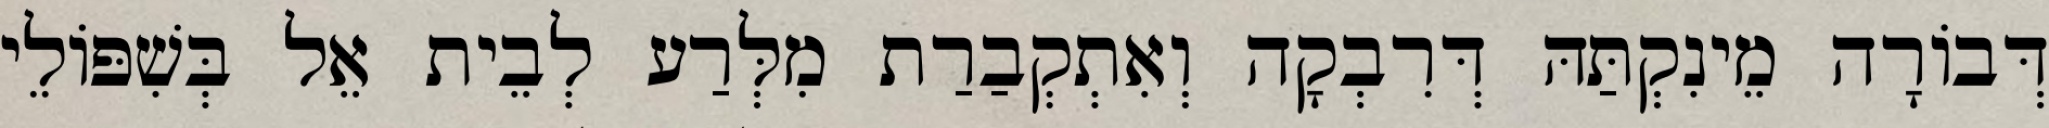
דְּבוֹרָה מֵינִקְתַּהּ דְּרִבְקָה וְאִתְקְבַרַת מִלְּרַע לְבֵית אֵל בְּשִׁפּוֹלֵי